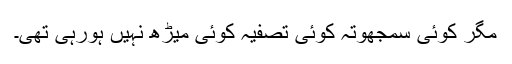
مگر کوئی سمجھوتہ کوئی تصفیہ کوئی میڑھ نہیں ہورہی تھی۔